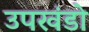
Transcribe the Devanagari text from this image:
उपखंडो